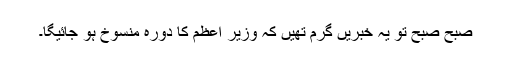
صبح صبح تو یہ خبریں گرم تھیں کہ وزیر اعظم کا دورہ منسوخ ہو جائیگا۔